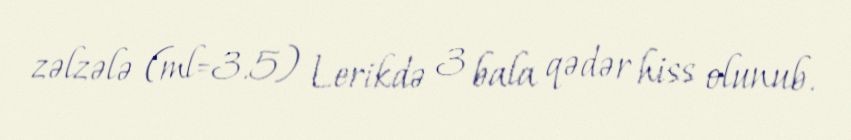
zəlzələ (ml=3.5) Lerikdə 3 bala qədər hiss olunub.